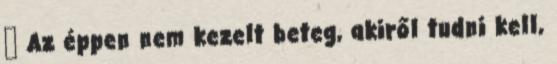
 Az éppen nem kezelt beteg, akiről tudni kell,